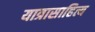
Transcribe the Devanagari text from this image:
यात्रासाहित्य